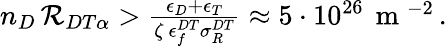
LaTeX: \begin{array}{r}{n_{D}\, {\cal R}_{DT\alpha}>\frac{\epsilon_{D}+\epsilon_{T}}{\zeta\, \epsilon_{f}^{DT}\sigma_{R}^{DT}}\approx 5\cdot 10^{26}\, \mathrm{~m~}^{-2}\, .}\end{array}